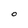
Character: O